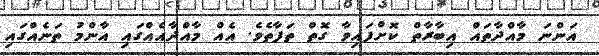
އަންނަ މާއްދާތައް އިބާރާތް ކޮށްފައިވާ ގޮތް ތަފާތެވެ. އެއް މާއްދާއެއްގައި އާންމު ތަނެއްގައި